Leaving Certificate Examination (including Day School Certificate (Higher) General paper), 1932
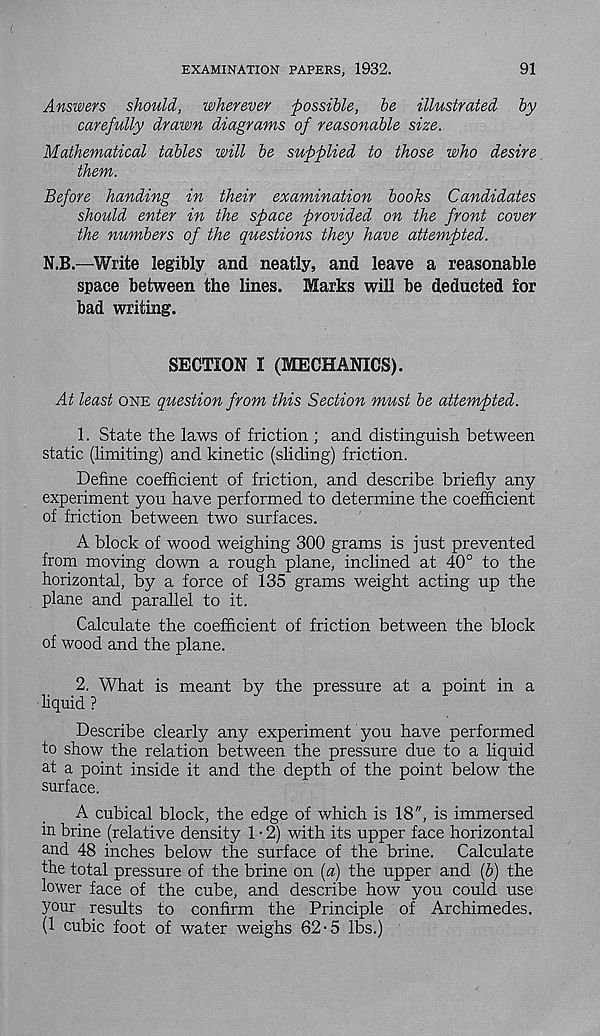
EXAMINATION PAPERS, 1932.
91
Answers should, wherever possible, be illustrated by
carefully drawn diagrams of reasonable size.
Mathematical tables will be supplied to those who desire
them.
Before handing in their examination books Candidates
should enter in the space provided on the front cover
the numbers of the questions they have attempted.
N.B.—Write legibly and neatly, and leave a reasonable
space between the lines. Marks will be deducted for
bad writing.
SECTION I (MECHANICS).
At least one question from this Section must be attempted.
1. State the laws of friction ; and distinguish between
static (limiting) and kinetic (sliding) friction.
Define coefficient of friction, and describe briefly any
experiment you have performed to determine the coefficient
of friction between two surfaces.
A block of wood weighing 300 grams is just prevented
from moving down a rough plane, inclined at 40° to the
horizontal, by a force of 135 grams weight acting up the
plane and parallel to it.
Calculate the coefficient of friction between the block
of wood and the plane.
2. What is meant by the pressure at a point in a
■ liquid ?
Describe clearly any experiment you have performed
to show the relation between the pressure due to a liquid
at a point inside it and the depth of the point below the
surface.
A cubical block, the edge of which is 18", is immersed
in brine (relative density 1 • 2) with its upper face horizontal
and 48 inches below the surface of the brine. Calculate
the total pressure of the brine on {a) the upper and (p) the
lower face of the cube, and describe how you could use
your results to confirm the Principle of Archimedes.
(1 cubic foot of water weighs 62-5 lbs.)